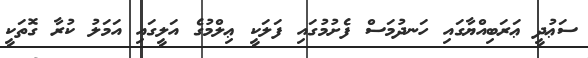
ސަޢުދީ ޢަރަބިއްޔާގައި ހަނދުމަސް ފެށުމުގައި ފަލަކީ ޢިލްމުގެ އަލީގައި އަމަލު ކުރާ ގޮތަކީ